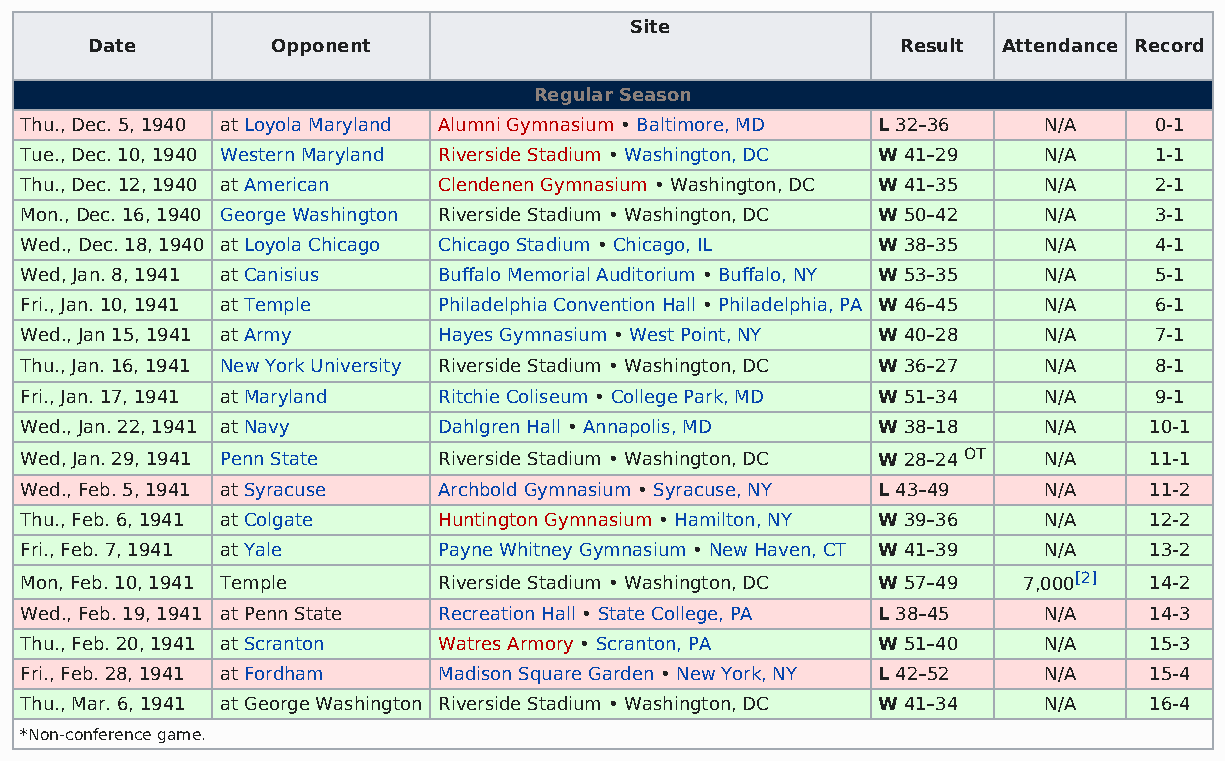
Site
 Date        Opponent                                  Result Attendance Record
 Regular Season
 Thu., Dec. 5, 1940 at Loyola Maryland Alumni Gymnasium • Baltimore, MD L 32–36 N/A 0-1
 Tue., Dec. 10, 1940 Western Maryland Riverside Stadium • Washington, DC W 41–29 N/A 1-1
 Thu., Dec. 12, 1940 at American Clendenen Gymnasium • Washington, DC W 41–35 N/A 2-1
 Mon., Dec. 16, 1940 George Washington Riverside Stadium • Washington, DC W 50–42 N/A 3-1
 Wed., Dec. 18, 1940 at Loyola Chicago Chicago Stadium • Chicago, IL W 38–35 N/A 4-1
 Wed, Jan. 8, 1941 at Canisius Buffalo Memorial Auditorium • Buffalo, NY W 53–35 N/A 5-1
 Fri., Jan. 10, 1941 at Temple Philadelphia Convention Hall • Philadelphia, PA W 46–45 N/A 6-1
 Wed., Jan 15, 1941 at Army  Hayes Gymnasium • West Point, NY W 40–28 N/A   7-1
 Thu., Jan. 16, 1941 New York University Riverside Stadium • Washington, DC W 36–27 N/A 8-1
 Fri., Jan. 17, 1941 at Maryland Ritchie Coliseum • College Park, MD W 51–34 N/A 9-1
 Wed., Jan. 22, 1941 at Navy Dahlgren Hall • Annapolis, MD W 38–18   N/A    10-1
 Wed, Jan. 29, 1941 Penn State Riverside Stadium • Washington, DC W 28–24 OT N/A 11-1
 Wed., Feb. 5, 1941 at Syracuse Archbold Gymnasium • Syracuse, NY L 43–49 N/A 11-2
 Thu., Feb. 6, 1941 at Colgate Huntington Gymnasium • Hamilton, NY W 39–36 N/A 12-2
 Fri., Feb. 7, 1941 at Yale  Payne Whitney Gymnasium • New Haven, CT W 41–39 N/A 13-2
 Mon, Feb. 10, 1941 Temple   Riverside Stadium • Washington, DC W 57–49 7,000[2] 14-2
 Wed., Feb. 19, 1941 at Penn State Recreation Hall • State College, PA L 38–45 N/A 14-3
 Thu., Feb. 20, 1941 at Scranton Watres Armory • Scranton, PA W 51–40 N/A   15-3
 Fri., Feb. 28, 1941 at Fordham Madison Square Garden • New York, NY L 42–52 N/A 15-4
 Thu., Mar. 6, 1941 at George Washington Riverside Stadium • Washington, DC W 41–34 N/A 16-4
 *Non-conference game.